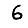
Digit: 6